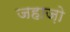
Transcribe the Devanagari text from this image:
जहाज़ो